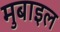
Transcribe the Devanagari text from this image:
मुबाइल